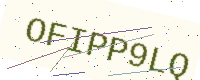
Text: OFIPP9LQ